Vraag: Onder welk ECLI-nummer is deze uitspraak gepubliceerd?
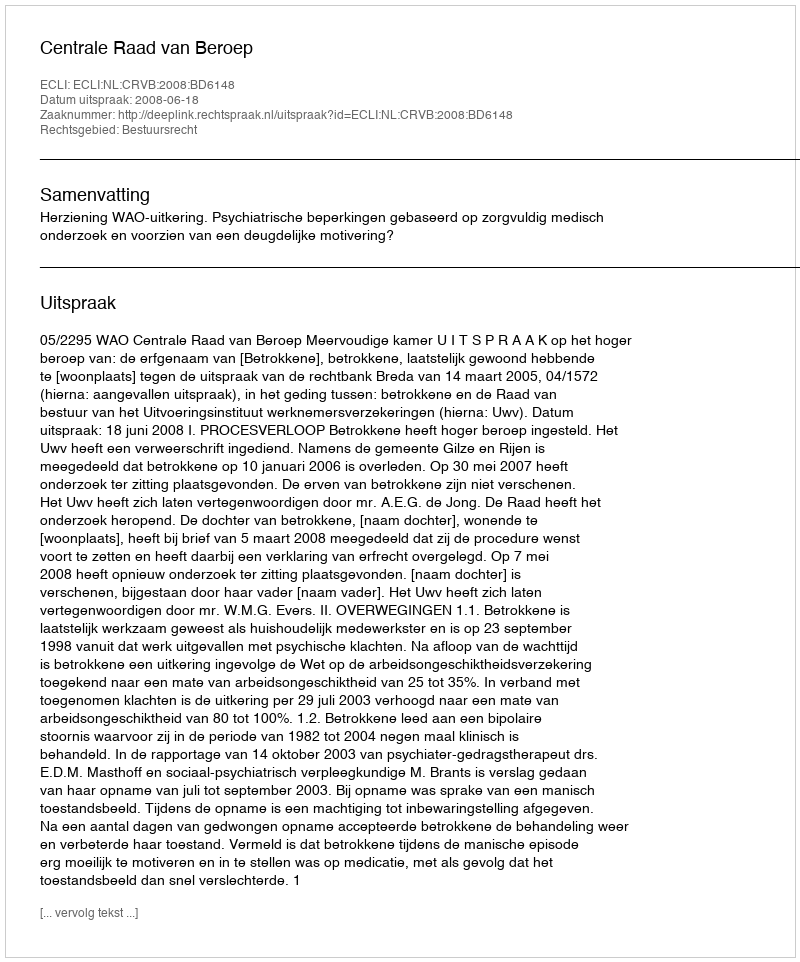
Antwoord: ECLI:NL:CRVB:2008:BD6148